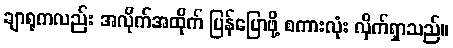
ချာရုကလည်း အလိုက်အထိုက် ပြန်ပြောဖို့ စကားလုံး လိုက်ရှာသည်။